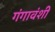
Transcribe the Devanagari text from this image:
गंगावंशी